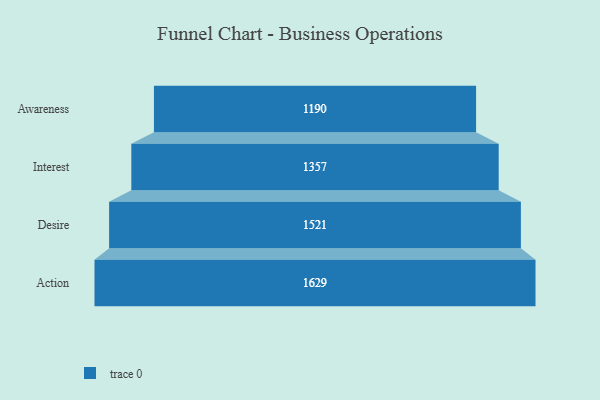
{"axis": {"x": "Stage", "y": "Value"}, "legend": [""], "data": [{"x": "Awareness", "y": 1190.0, "type": ""}, {"x": "Interest", "y": 1357.0, "type": ""}, {"x": "Desire", "y": 1521.0, "type": ""}, {"x": "Action", "y": 1629.0, "type": ""}]}